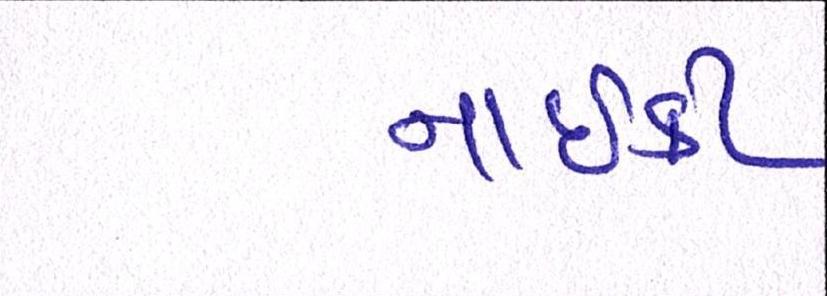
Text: નાઇકી